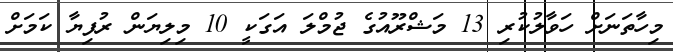
މިހާތަނަށް ހަވާލުކުރި 13 މަޝްރޫއުގެ ޖުމްލަ އަގަކީ 10 މިލިޔަން ރުފިޔާ ކަމަށް